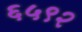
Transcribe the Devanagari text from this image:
६५९२